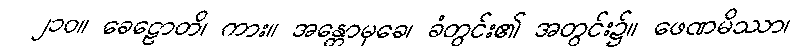
၂၁၀။ ခေဠောတိ၊ ကား။ အန္တောမုခေ၊ ခံတွင်း၏ အတွင်း၌။ ဖေဏမိဿာ၊